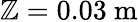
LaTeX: \mathbb{Z}=0.03~\mathrm{{m}}